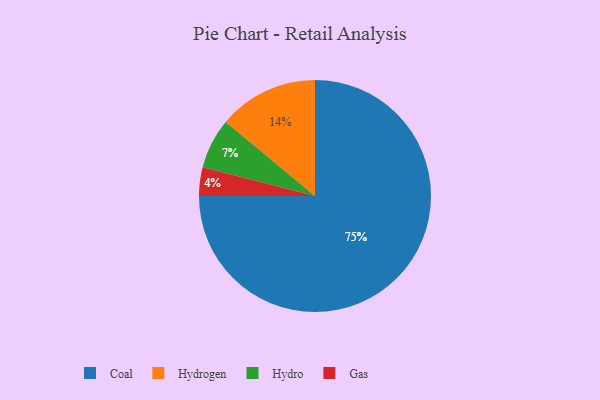
{"axis": {"x": "Category", "y": "Percentage"}, "legend": ["Coal", "Gas", "Hydro", "Hydrogen"], "data": [{"x": "Gas", "y": 4, "type": "Gas"}, {"x": "Hydrogen", "y": 14, "type": "Hydrogen"}, {"x": "Hydro", "y": 7, "type": "Hydro"}, {"x": "Coal", "y": 75, "type": "Coal"}]}